Plague in India, 1896, 1897 - Volume 1
Year: 1896
Disease focus: Plague
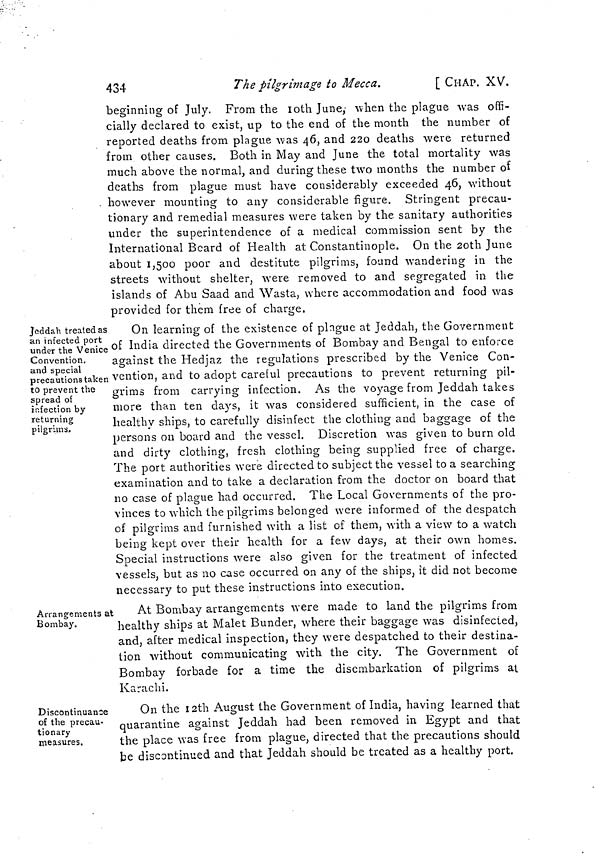
434
The pilgrimage to Mecca.
[ CHAP. XV.
beginning of July. From the 10th June,- when the plague was offi-
cially declared to exist, up to the end of the month the number of
reported deaths from plague was 46, and 220 deaths were returned
from other causes. Both in May and June the total mortality was
much above the normal, and during these two months the number oí
deaths from plague must have considerably exceeded 46, without
however mounting to any considerable figure. Stringent precau-
tionary and remedial measures were taken by the sanitary authorities
under the superintendence of a medical commission sent by the
International Beard of Health at Constantinople. On the 20th June
about 1,500 poor and destitute pilgrims, found wandering in the
streets without shelter, were removed to and segregated in the
islands of Abu Saad and Wasta, where accommodation and food was
provided for them free of charge.
Jeddah treated as
an infected port
under the Venice
Convention,
and special
precautions taken
to prevent the
spread of
infection by
returning
pilgrims.
On learning of the existence of pingue at Jeddah, the Government
of India directed the Governments of Bombay and Bengal to enforce
against the Hedjaz the regulations prescribed by the Venice Con-
vention, and to adopt careful precautions to prevent returning pil-
grims from carrying infection. As the voyage from Jeddah takes
more than ten days, it was considered sufficient, in the case of
healthy ships, to carefully disinfect the clothing and baggage of the
persons on board and the vessel. Discretion was given to burn old
and dirty clothing, fresh clothing being supplied free of charge.
The port authorities were directed to subject the vessel to a searching
examination and to take a declaration from the doctor on board that
no case of plague had occurred. The Local Governments of the pro-
vinces to which the pilgrims belonged were informed of the despatch
of pilgrims and furnished with a list of them, with a view to a watch
being kept over their health for a few days, at their own homes.
Special instructions were also given for the treatment of infected
vessels, but as no case occurred on any of the ships, it did not become
necessary to put these instructions into execution.
Arrangements at
Bombay.
At Bombay arrangements were made to land the pilgrims from
healthy ships at Malet Bunder, where their baggage was disinfected,
and, after medical inspection, they were despatched to their destina-
tion without communicating with the city. The Government of
Bombay forbade for a time the disembarkation of pilgrims at
Karachi.
Discontinuance
of the precau-
tionary
measures.
On the 12th August the Government of India, having learned that
quarantine against Jeddah had been removed in Egypt and that
the place was free from plague, directed that the precautions should
be discontinued and that Jeddah should be treated as a healthy port.